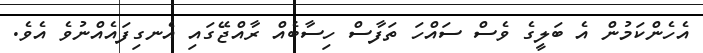
އެހެންކަމުން އެ ބަލީގެ ވެސް ސައްހަ ތަފާސް ހިސާބެއް ރާއްޖޭގައި އެނގިފައެއްނުވެ އެވެ.